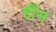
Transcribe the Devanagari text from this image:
हींस